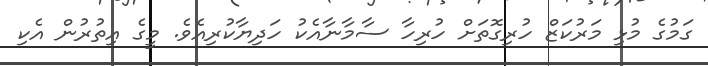
ގަމުގެ މުޅި މަރުކަޒް ހުރިގޮތަށް ހުރިހާ ސާމާނާއެކު ހަދިޔާކުރިއެވެ. މީގެ އިތުރުން އެކި